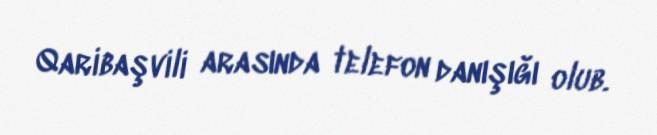
Qaribaşvili arasında telefon danışığı olub.